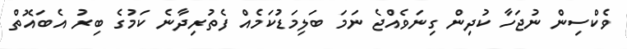
ވެކްސިން ނުޖަހާ ކުދިން ގިނަވެއްޖެ ނަމަ ބަލިމަޑުކަމެއް ފެތުރިދާނެ ކަމުގެ ބިރު އެބައޮތް